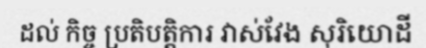
ដល់ កិច្ច ប្រតិបត្តិការ វាស់វែង សុរិយោដី